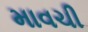
માવચી